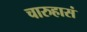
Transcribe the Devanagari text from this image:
चारुहासं